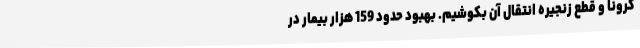
کرونا و قطع زنجیره انتقال آن بکوشیم. بهبود حدود 159 هزار بیمار در